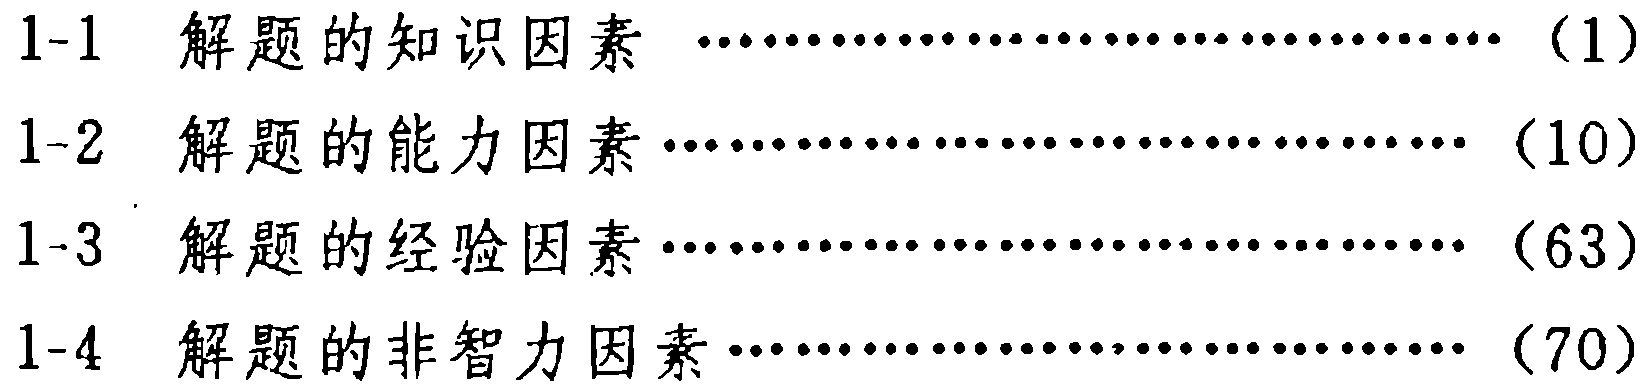
1-1 解题的知识因素 \dotfill （1）\\
1-2 解题的能力因素 \dotfill （10）\\
1-3 解题的经验因素 \dotfill （63）\\
1-4 解题的非智力因素 \dotfill （70）